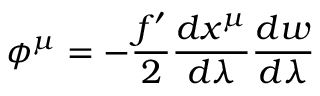
\phi ^ { \mu } = - \frac { f ^ { \prime } } { 2 } \frac { d x ^ { \mu } } { d \lambda } \frac { d w } { d \lambda }